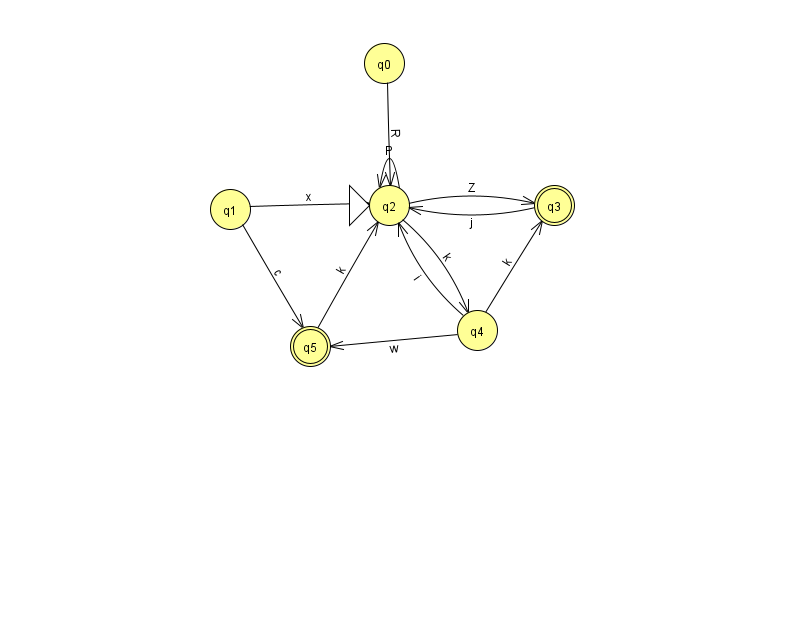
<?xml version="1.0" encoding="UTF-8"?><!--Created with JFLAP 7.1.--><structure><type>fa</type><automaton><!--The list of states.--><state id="0" name="q0"><x>384.0</x><y>50.0</y></state><state id="1" name="q1"><x>230.0</x><y>196.0</y></state><state id="2" name="q2"><x>389.0</x><y>192.0</y><initial/></state><state id="3" name="q3"><x>554.0</x><y>192.0</y><final/></state><state id="4" name="q4"><x>477.0</x><y>317.0</y></state><state id="5" name="q5"><x>310.0</x><y>333.0</y><final/></state><!--The list of transitions.--><transition><from>1</from><to>5</to><read>c</read></transition><transition><from>2</from><to>2</to><read>P</read></transition><transition><from>4</from><to>2</to><read>i</read></transition><transition><from>1</from><to>2</to><read>x</read></transition><transition><from>4</from><to>3</to><read>k</read></transition><transition><from>5</from><to>2</to><read>k</read></transition><transition><from>2</from><to>4</to><read>k</read></transition><transition><from>4</from><to>5</to><read>w</read></transition><transition><from>0</from><to>2</to><read>R</read></transition><transition><from>2</from><to>3</to><read>Z</read></transition><transition><from>3</from><to>2</to><read>j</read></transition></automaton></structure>